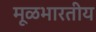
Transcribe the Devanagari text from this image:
मूळभारतीय